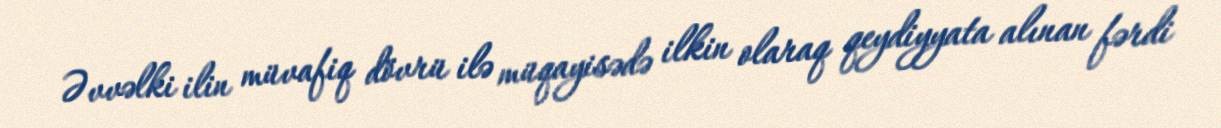
Əvvəlki ilin müvafiq dövrü ilə müqayisədə ilkin olaraq qeydiyyata alınan fərdi